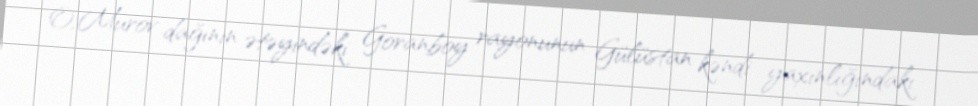
O, Murov dağının ətəyindəki Goranboy rayonunun Gülüstan kəndi yaxınlığındakı